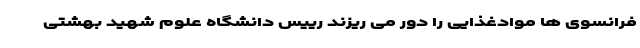
فرانسوی ها موادغذایی را دور می ریزند رییس دانشگاه علوم شهید بهشتی